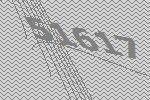
51617